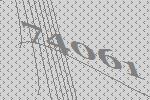
74061